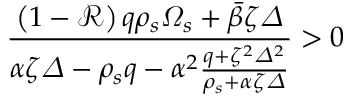
\frac { \left( 1 - \mathcal { R } \right) q \rho _ { s } \varOmega _ { s } + \bar { \beta } \zeta \varDelta } { \alpha \zeta \varDelta - \rho _ { s } q - \alpha ^ { 2 } \frac { q + \zeta ^ { 2 } \varDelta ^ { 2 } } { \rho _ { s } + \alpha \zeta \varDelta } } > 0